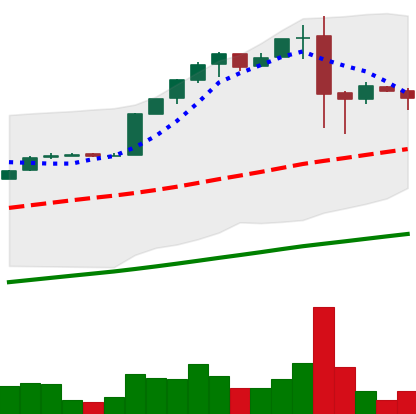
Ticker: BTC-USD
Chart end date: 2017-02-13
Forward return: 6.438%
Label: up_5_7